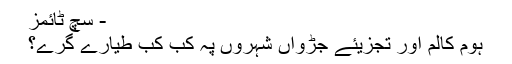
- سچ ٹائمز
ہوم کالم اور تجزیئے جڑواں شہروں پہ کب کب طیارے گرے؟